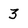
Character: 3